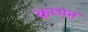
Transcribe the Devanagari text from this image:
कप्पन